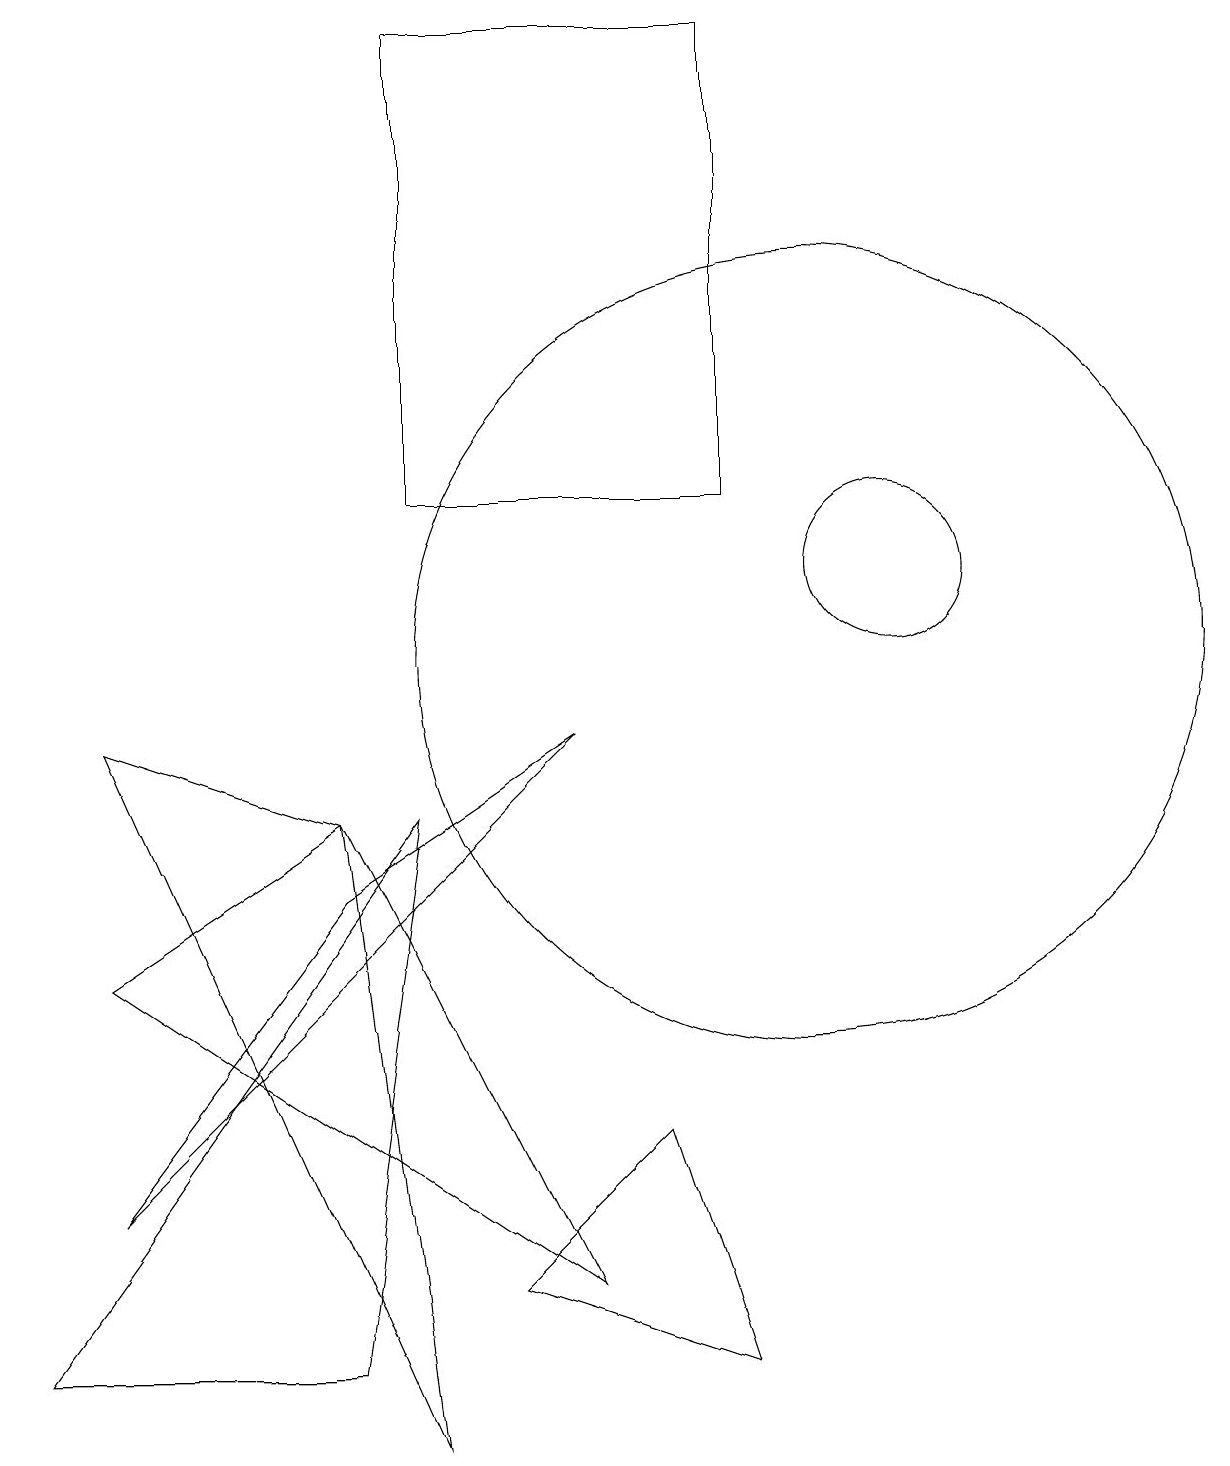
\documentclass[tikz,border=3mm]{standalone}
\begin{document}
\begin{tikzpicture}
\draw (10,10) circle (5);
\draw (5,0) -- (4,8) -- (1,9) -- cycle;
\draw (7,9) -- (4,7) -- (1,3) -- cycle;
\draw (4,1) -- (0,1) -- (5,8) -- cycle;
\draw (9,18) rectangle (5,12);
\draw (8,4) -- (6,2) -- (9,1) -- cycle;
\draw (4,8) -- (1,6) -- (7,2) -- cycle;
\draw (11,11) circle (1);
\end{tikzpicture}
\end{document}